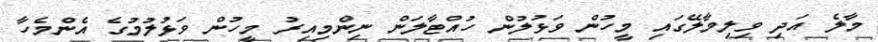
މާލެ އަދި ވިލިމާލޭގައި މީހުން ވަޅުލުން ހުއްޓާލަން ނިންމިއިރު މީހުން ވަޅުލުމުގެ އެންމެހާ